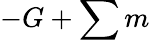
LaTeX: -G+\sum m